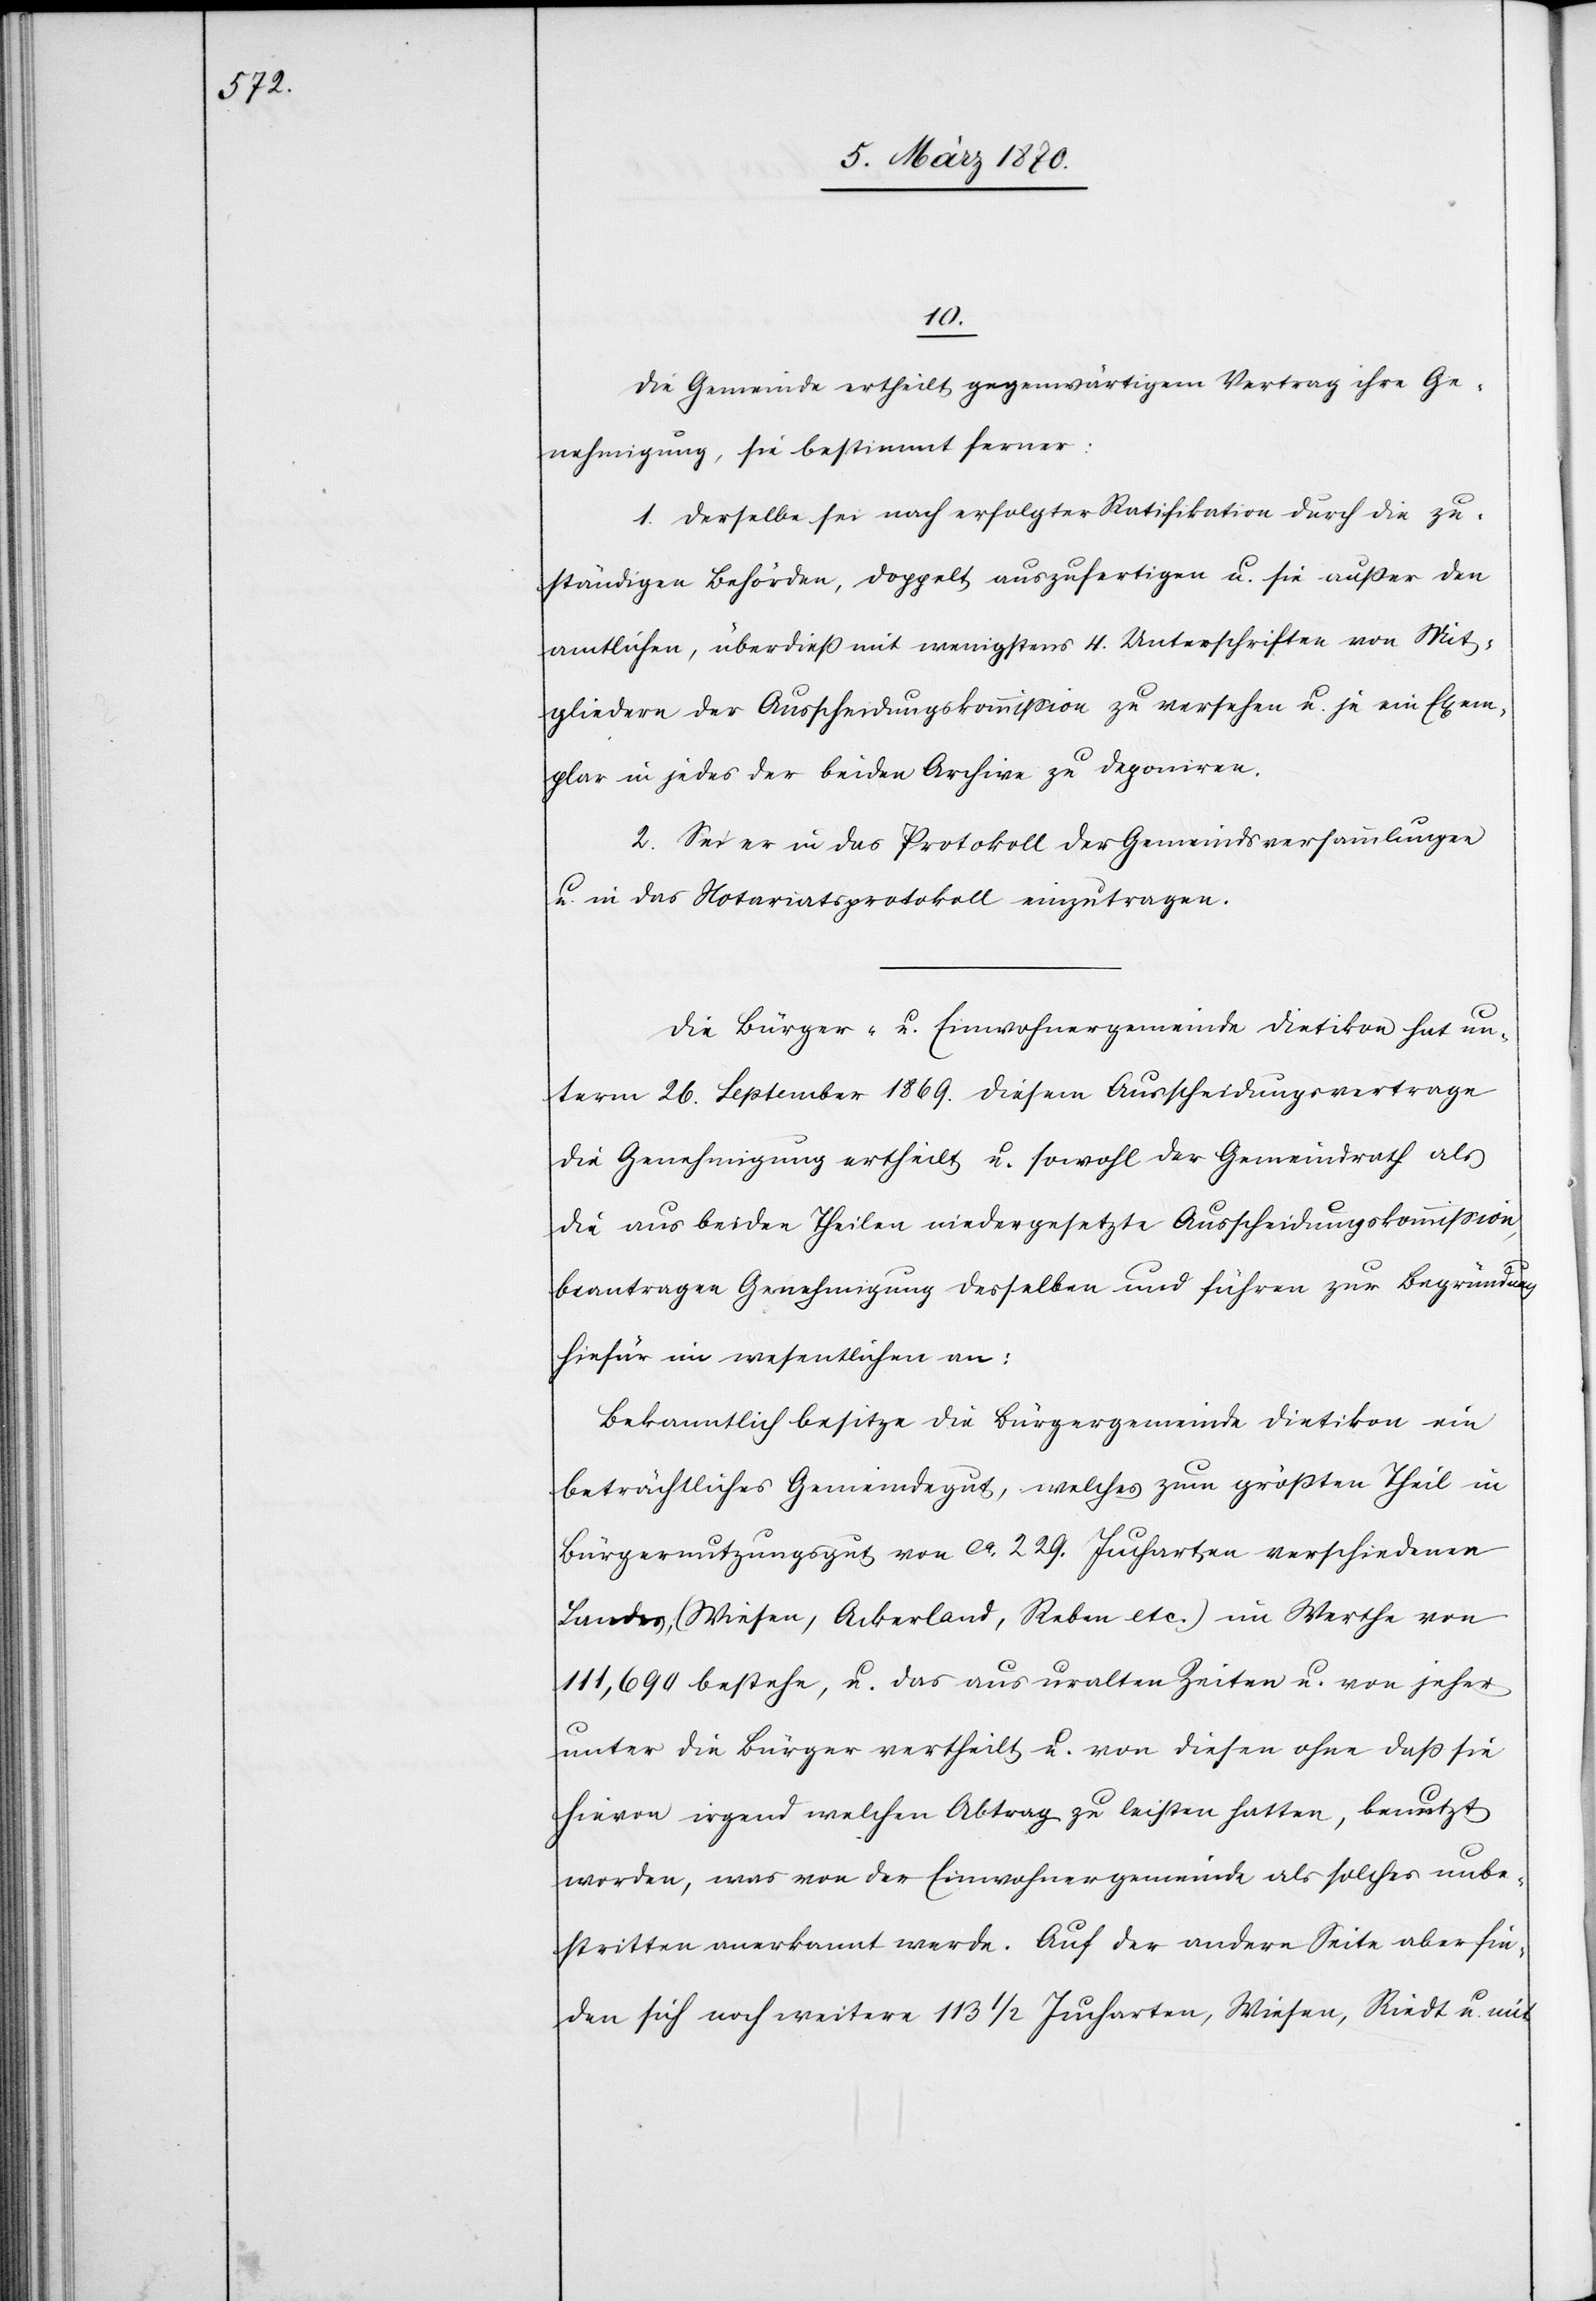
10.
Die Gemeinde ertheilt gegenwärtigem Vertrag ihre Ge¬
nehmigung, sie bestimmt ferner:
1. Derselbe sei nach erfolgter Ratifikation durch die zu¬
ständigen Behörden, doppelt auszufertigen u. sei außer den
amtlichen, überdieß mit wenigstens 4. Unterschriften von Mit¬
gliedern der Ausscheidungskommission zu versehen u. je ein Exem¬
plar in jedes der beiden Archive zu deponiren.
2. Sei er in das Protokoll der Gemeindsversammlungen
u. in das Notariatsprotokoll einzutragen.
Die Bürger- u. Einwohnergemeinde Dietikon hat un¬
term 26. September 1869. diesem Ausscheidungsvertrage
die Genehmigung ertheilt u. sowohl der Gemeindrath als
die aus beiden Theilen niedergesetzte Ausscheidungskommission,
beantragen Genehmigung desselben und führen zur Begründung
hiefür im wesentlichen an:
Bekanntlich besitze die Bürgergemeinde Dietikon ein
beträchtliches Gemeindegut, welches zum größten Theil in
Bürgernutzungsgut von ca. 229. Jucharten verschiedenen
Landes (Wiesen, Ackerland, Reben etc.) im Werthe von
111,690 bestehe, u. das aus uralten Zeiten u. von jeher
unter die Bürger vertheilt u. von diesen ohne daß sie
hievon irgend welchen Abtrag zu leisten hatten, benutzt
worden, was von der Einwohnergemeinde als solche unbe¬
stritten anerkannt werde. Auf der andern Seite aber fin¬
den sich noch weitere 113 1/2 Jucharten, Wiesen, Riedt u. mit